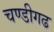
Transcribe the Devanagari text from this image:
चण्‍डीगढ